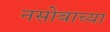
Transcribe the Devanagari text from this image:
नसोबाच्या